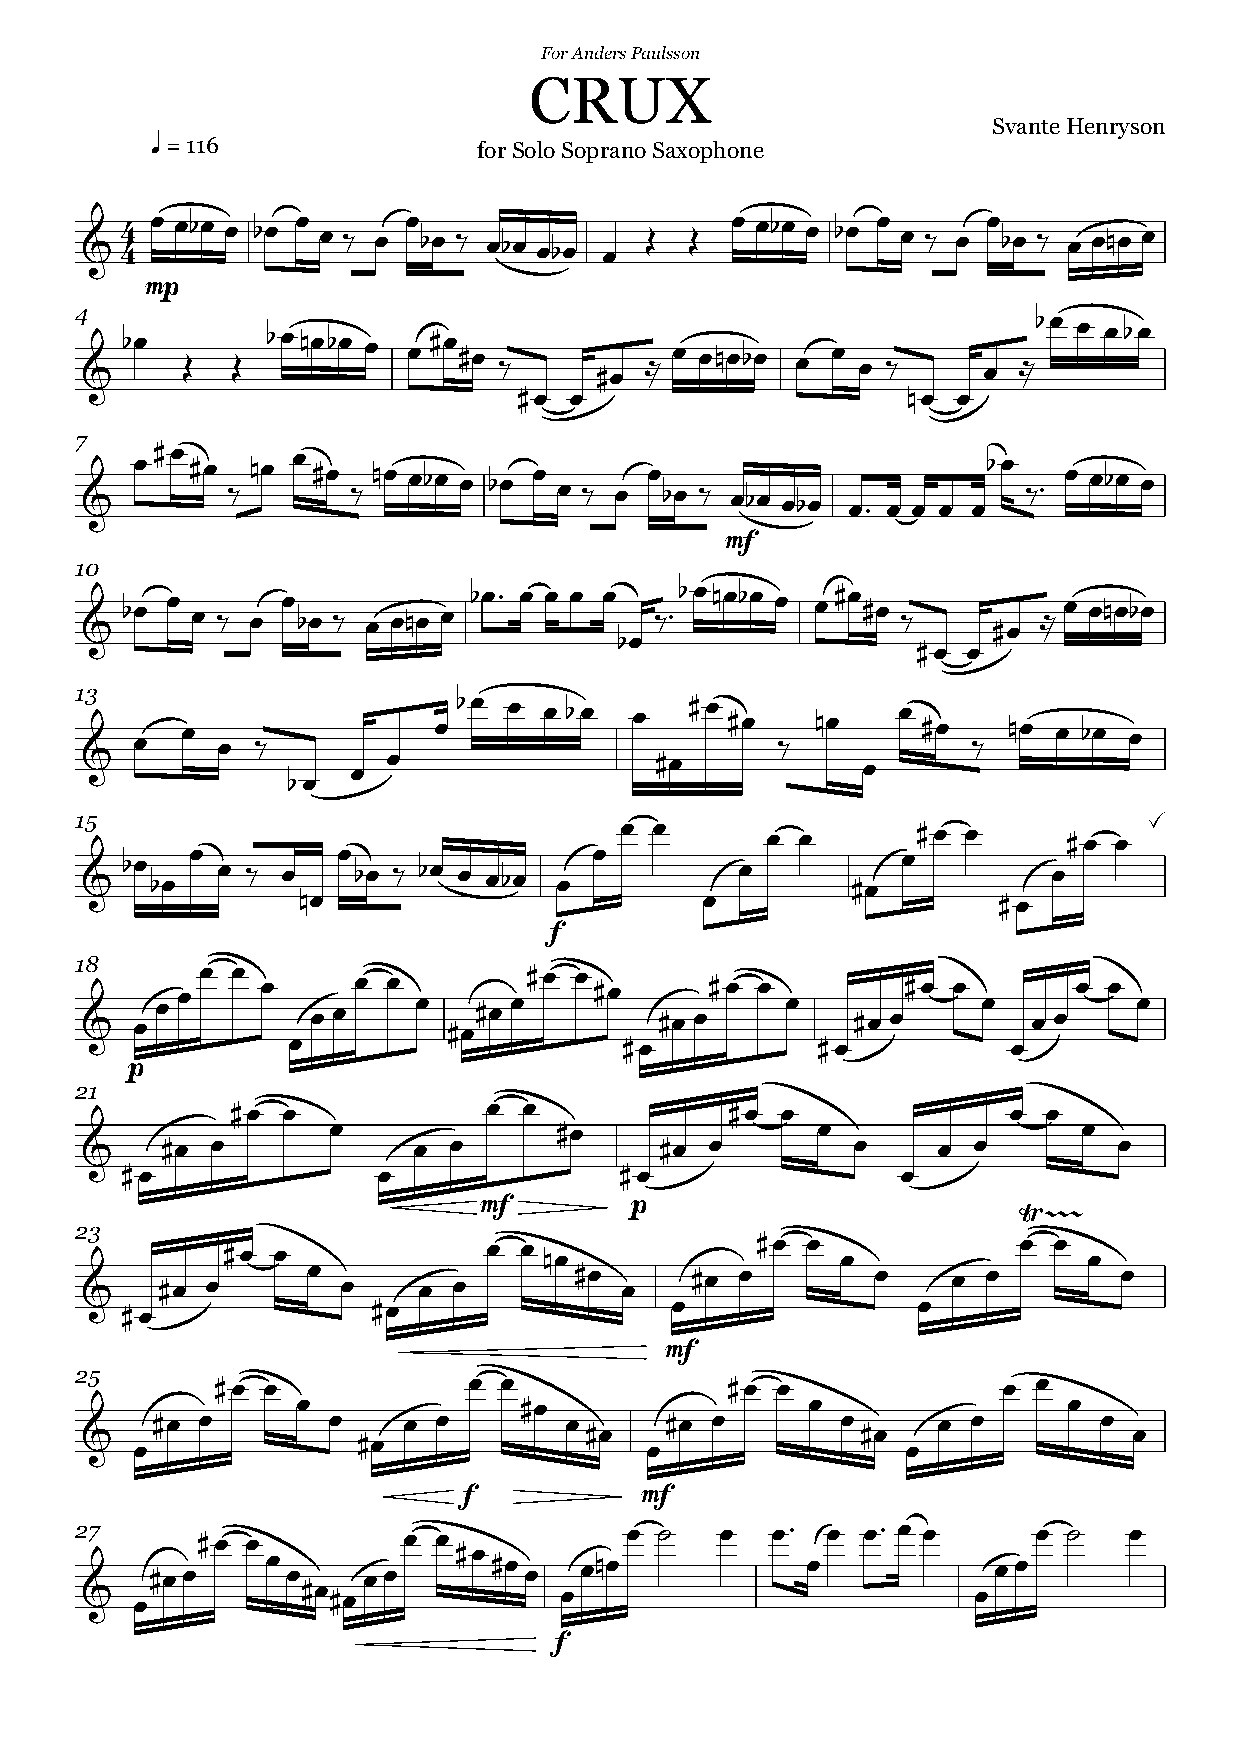
For Anders Paulsson
 CRUX
 Svante Henryson
 q = 116               for Solo Soprano Saxophone
 &  4 4 œ œbœ œ bœ œ œ ‰ œ œ bœ ‰ œbœ œbœ œ Œ Œ œ œbœ œ bœ œ œ ‰ œ œ bœ ‰ œ œnœ œ
 mp
 4 & bœ Œ  Œ  bœnœbœ œ œ #œ #œ ‰   #œ  ≈ œ œnœbœ œ œ œ ‰     œ ≈bœ œ œbœ
 #œ  œ                     nœ œ
 7 & œ#œ #œ ‰ nœ œ #œ ‰ nœ œbœ œ bœ œ œ ‰ œ œ bœ ‰ œbœ œbœ œ™ œ œ œ œbœ ‰™ œ œbœ œ
 mf
 10
 &  bœ œ œ ‰ œ œ bœ ‰ œ œnœ œ bœ™ œ œ œ œ ‰™bœnœbœ œ œ#œ #œ ‰ #œ ≈ œ œnœbœ
 bœ
 #œ œ
 13  œ  œ œ  ‰           œ bœ œ œ bœ  œ   #œ #œ ‰ nœ    œ #œ ‰ nœ œ bœ œ
 &                 œ  œ                #œ            œ
 bœ
 15                                  œ œ       œ œ       #œ œ      #œ œ à
 &  bœ bœ œ œ ‰ œ œ bœ ‰ bœ œ œbœ œ œ        œ      #œ  œ         œ
 nœ                         œ                  #œ
 f
 1 &8 œ œ œ œ œ œ œ œ œ œ œ #œ#œ œ#œ œ #œ #œ œ#œ œ œ #œ œ#œ œ œ œ œ œ œ œ
 œ                     #œ           #œ           œ
 p
 21        #œ  œ            œ  œ            #œ  œ              œ œ
 œ              #œ               œ                 œ
 &     #œ œ            œ  œ             #œ œ         œ    œ œ         œ
 #œ               œ               #œ                 œ
 mf        p                        Ÿ~~~
 23        #œ œ             œ œ nœ            #œ œ  œ           œ œ œ
 &     #œ œ     œ  œ    œ œ       #œ œ    #œ œ        œ    œ œ        œ
 #œ               #œ                 œ                œ
 mf
 25       #œ œ             œ œ              #œ œ              œ  œ
 œ             #œ                  œ                œ
 #œ œ        œ    œ œ       œ      #œ œ        œ     œ œ        œ
 &   œ              #œ             #œ  œ             #œ œ              œ
 f          mf
 27      #œ œ          œ œ           œ  ˙   œ  œ™  œ œ™ œ œ      œ ˙   œ
 #œœ
 œ
 œ    œœ
 #œ #œ
 œ
 œnœ            œ            œœ
 &   œ          #œ #œ            œ                           œ
 f